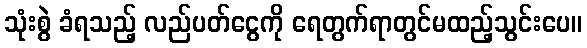
သုံးစွဲ ခံရသည့် လည်ပတ်ငွေကို ရေတွက်ရာတွင်မထည့်သွင်းပေ။